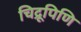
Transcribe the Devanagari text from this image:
चिद्रूपिणि